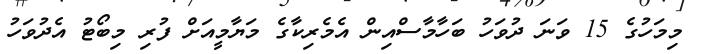
މިމަހުގެ 15 ވަނަ ދުވަހު ބަހާމާސްއިން އެމެރިކާގެ މަޔާމީއަށް ފުރި މިބޯޓު އެދުވަހު